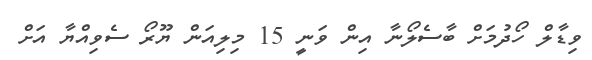
ވިޑާލް ހޯދުމަށް ބާސެލޯނާ އިން ވަނީ 15 މިލިއަން ޔޫރޯ ސެވިއްޔާ އަށް